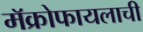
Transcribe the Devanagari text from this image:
मॅक्रोफायलाची